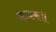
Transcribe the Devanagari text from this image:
नायक॥